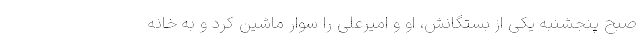
صبح پنجشنبه‌ یکی از بستگانش، او و امیرعلی را سوار ماشین کرد و به خانه